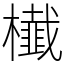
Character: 㰇